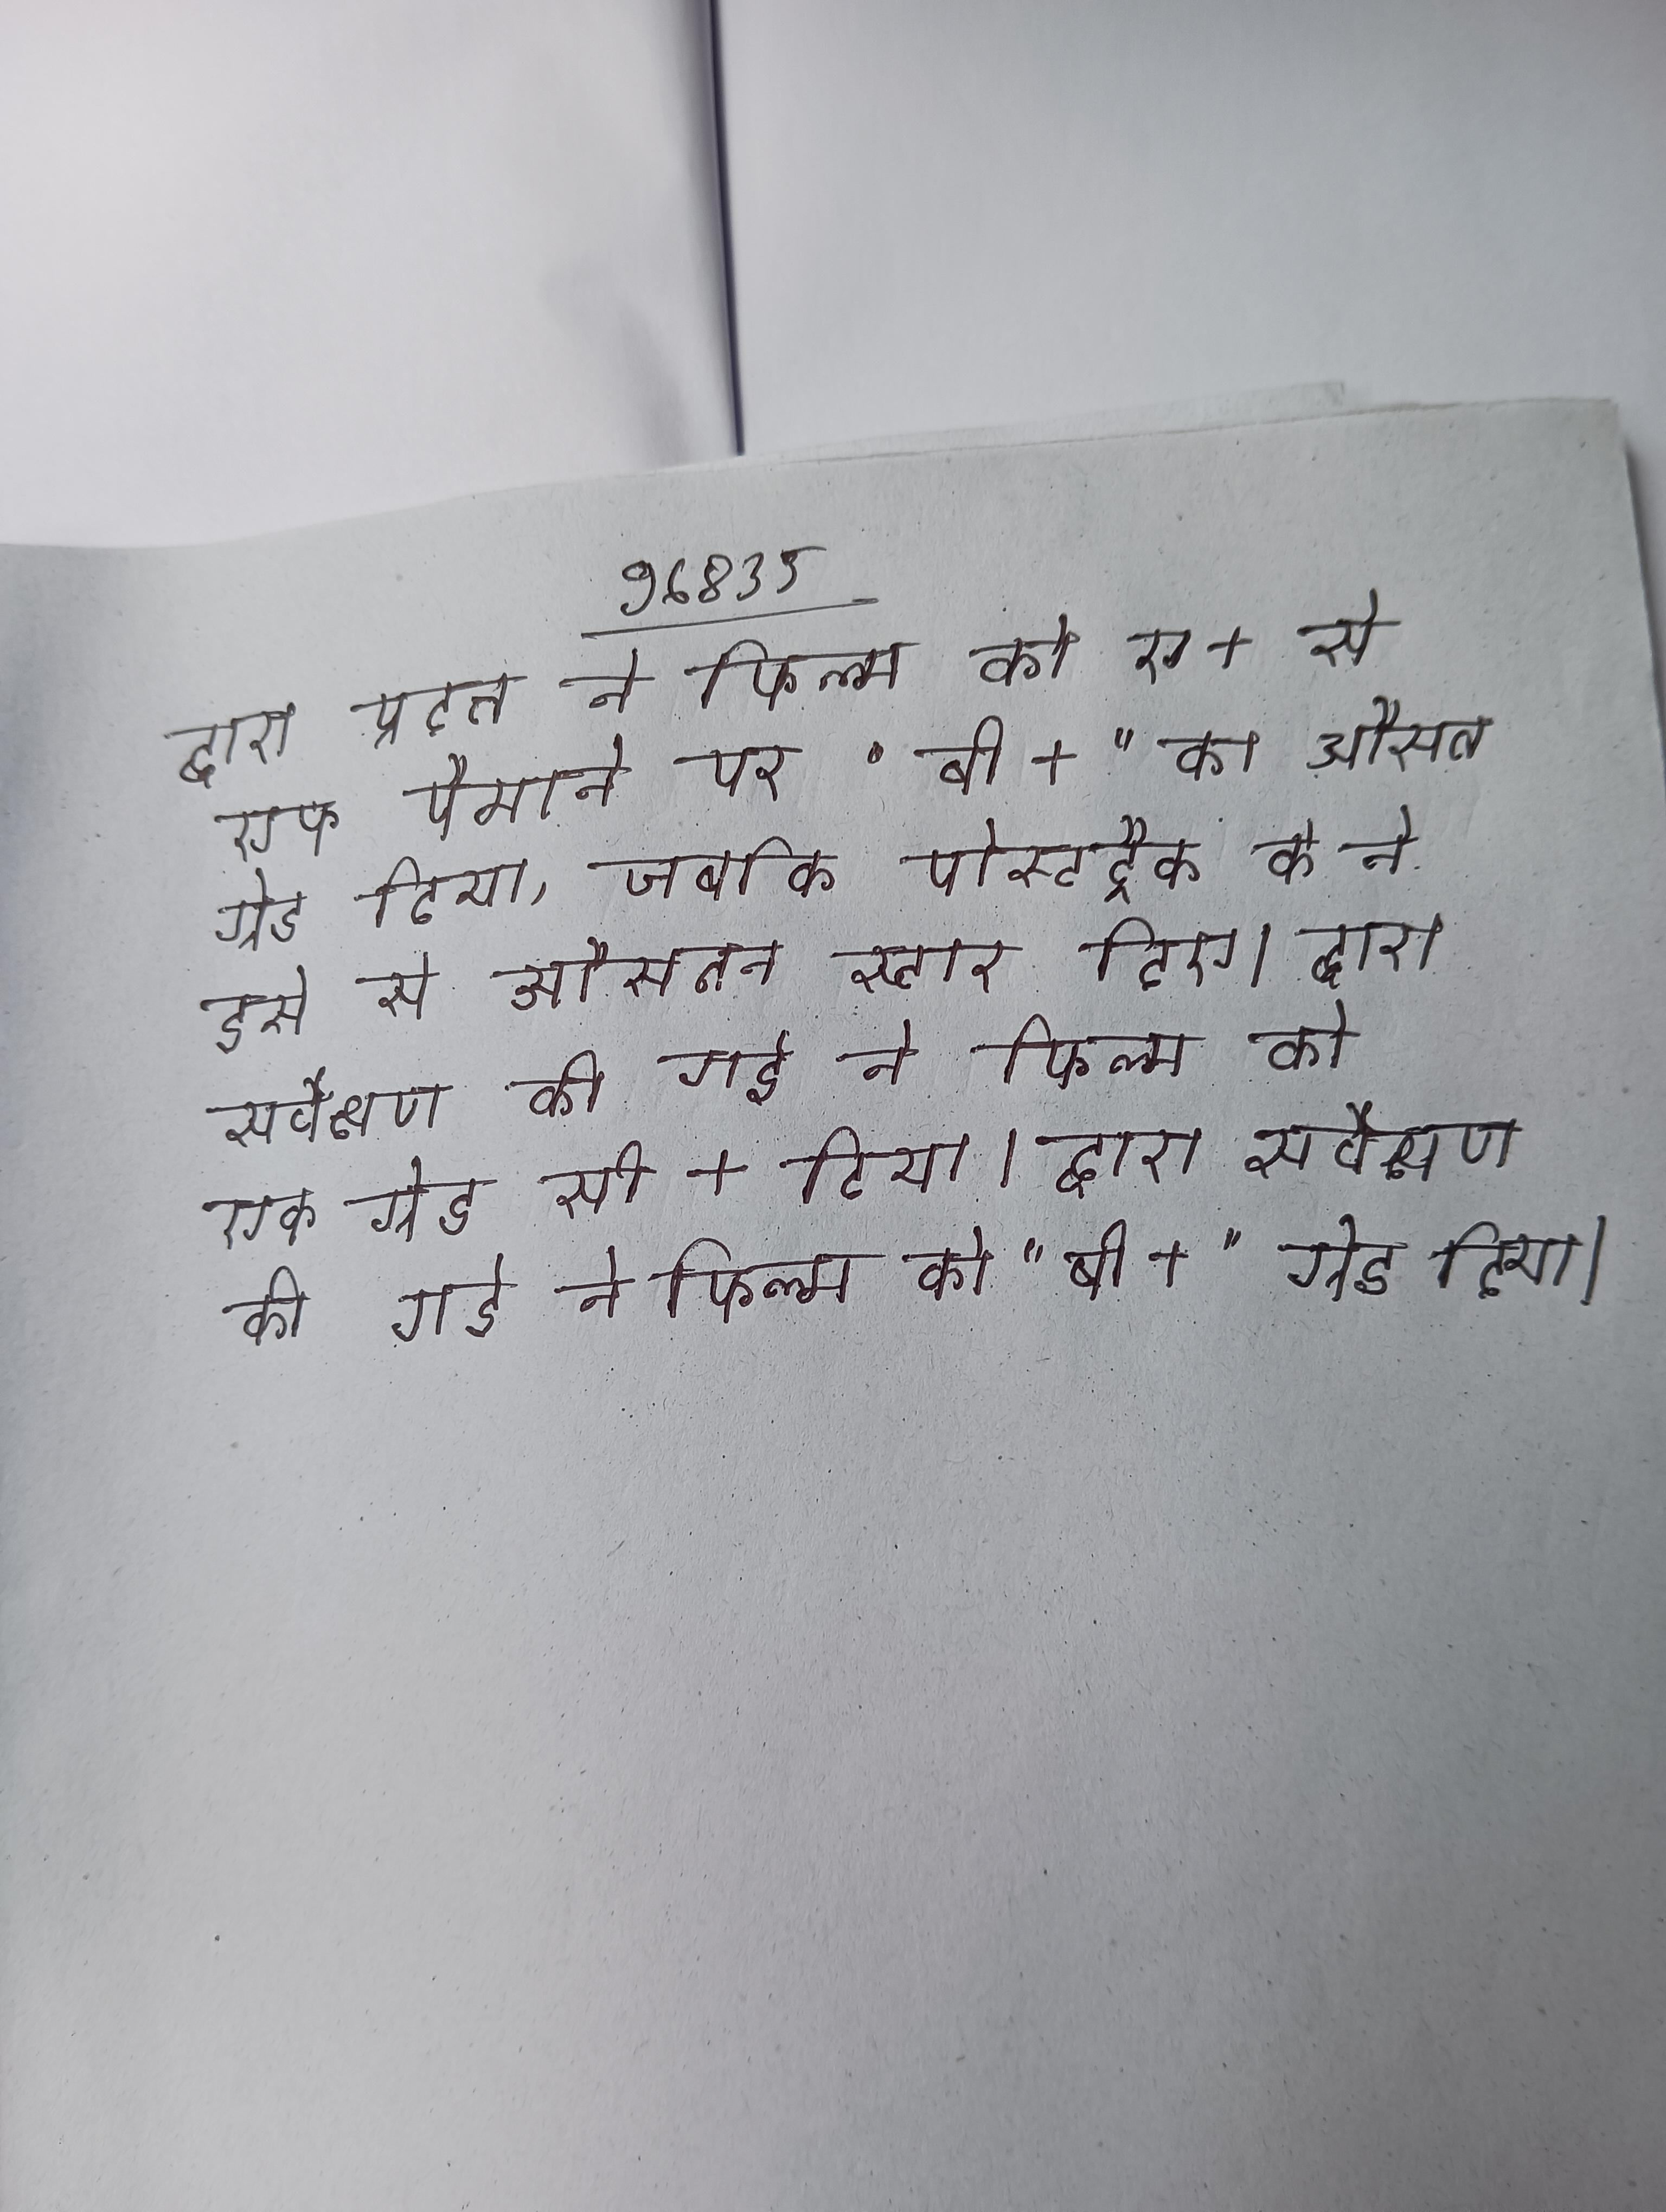
द्वारा प्रदत्त ने फिल्म को ए + से एफ पैमाने पर "बी +" का औसत ग्रेड दिया, जबकि पोस्टट्रैक के ने इसे से औसतन स्टार दिए । द्वारा सर्वेक्षण की गई ने फिल्म को एक ग्रेड सी + दिया । द्वारा सर्वेक्षण की गई ने फिल्म को "बी +" ग्रेड दिया ।